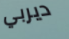
ديربي